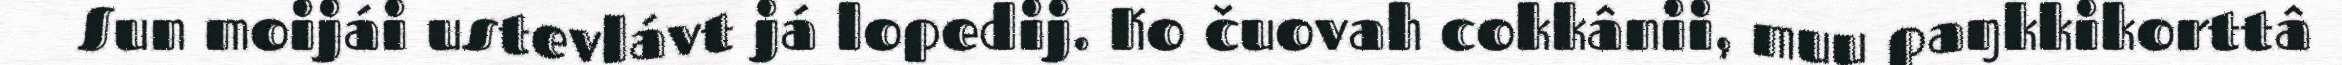
Sun moijái ustevlávt já lopedij. Ko čuovah cokkânii, muu paŋkkikorttâ